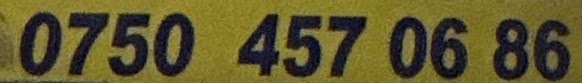
0750 457 0686